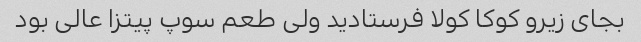
بجای زیرو کوکا کولا فرستادید ولی طعم سوپ پیتزا عالی بود